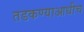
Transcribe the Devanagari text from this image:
तडकण्याआधीच